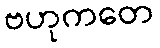
ဗဟုကတေ